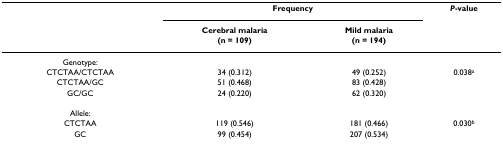
<table><thead><tr><td></td><td colspan="2"><b>Frequency</b></td><td><b><i>P</i>-value</b></td></tr><tr><td></td><td><b>Cerebral malaria(n = 109)</b></td><td><b>Mild malaria(n = 194)</b></td><td></td></tr></thead><tbody><tr><td>Genotype:</td><td></td><td></td><td></td></tr><tr><td>CTCTAA/CTCTAA</td><td>34 (0.312)</td><td>49 (0.252)</td><td>0.038<sup>a</sup></td></tr><tr><td>CTCTAA/GC</td><td>51 (0.468)</td><td>83 (0.428)</td><td></td></tr><tr><td>GC/GC</td><td>24 (0.220)</td><td>62 (0.320)</td><td></td></tr><tr><td>Allele:</td><td></td><td></td><td></td></tr><tr><td>CTCTAA</td><td>119 (0.546)</td><td>181 (0.466)</td><td>0.030<sup>b</sup></td></tr><tr><td>GC</td><td>99 (0.454)</td><td>207 (0.534)</td><td></td></tr></tbody></table>